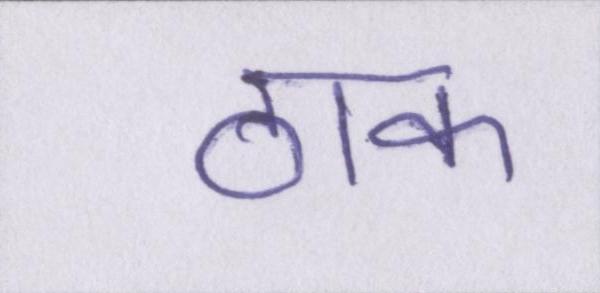
ठाक